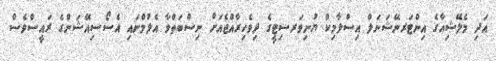
އަދި މެލޭޝިއާގެ އިންޓަރނޭޝަނަލް އިސްލާމިކް ޔުނިވަރސިޓީގެ ދިވެހިރާއްޖެއަށް ނިސްބަތްވާ އެލުމްނައި އެސޯސިއޭޝަންގެ ރައީސްވެސް